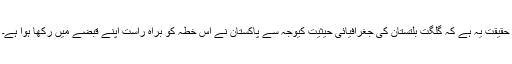
حقیقت یہ ہے کہ گلگت بلتستان کی جغرافیائی حیثیت کیوجہ سے پاکستان نے اس خطہ کو براہ راست اپنے قبضے میں رکھا ہوا ہے۔